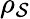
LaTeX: \rho_{\mathcal{S}}